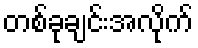
တစ်ခုချင်းအလိုက်